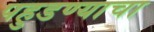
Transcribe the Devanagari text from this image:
पहुडण्याचा